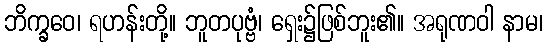
ဘိက္ခဝေ၊ ရဟန်းတို့။ ဘူတပုဗ္ဗံ၊ ရှေး၌ဖြစ်ဘူး၏။ အရုဏဝါ နာမ၊